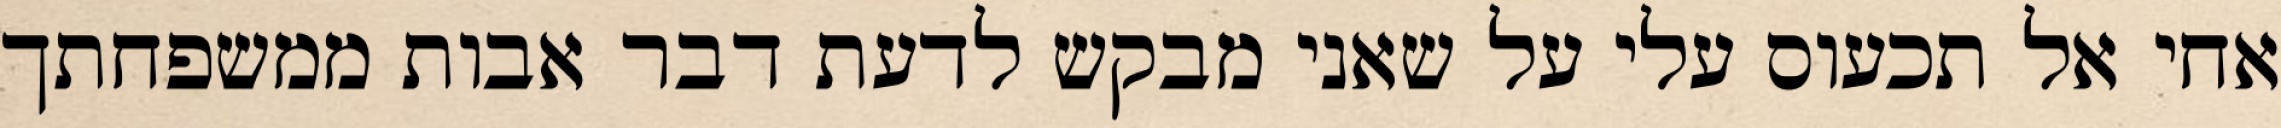
אחי אל תכעוס עלי על שאני מבקש לדעת דבר אבות ממשפחתך